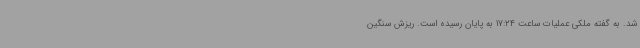
شد. به گفته ملکی عملیات ساعت 17:24 به پایان رسیده است. ریزش سنگین